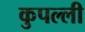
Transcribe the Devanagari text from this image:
कुपल्ली